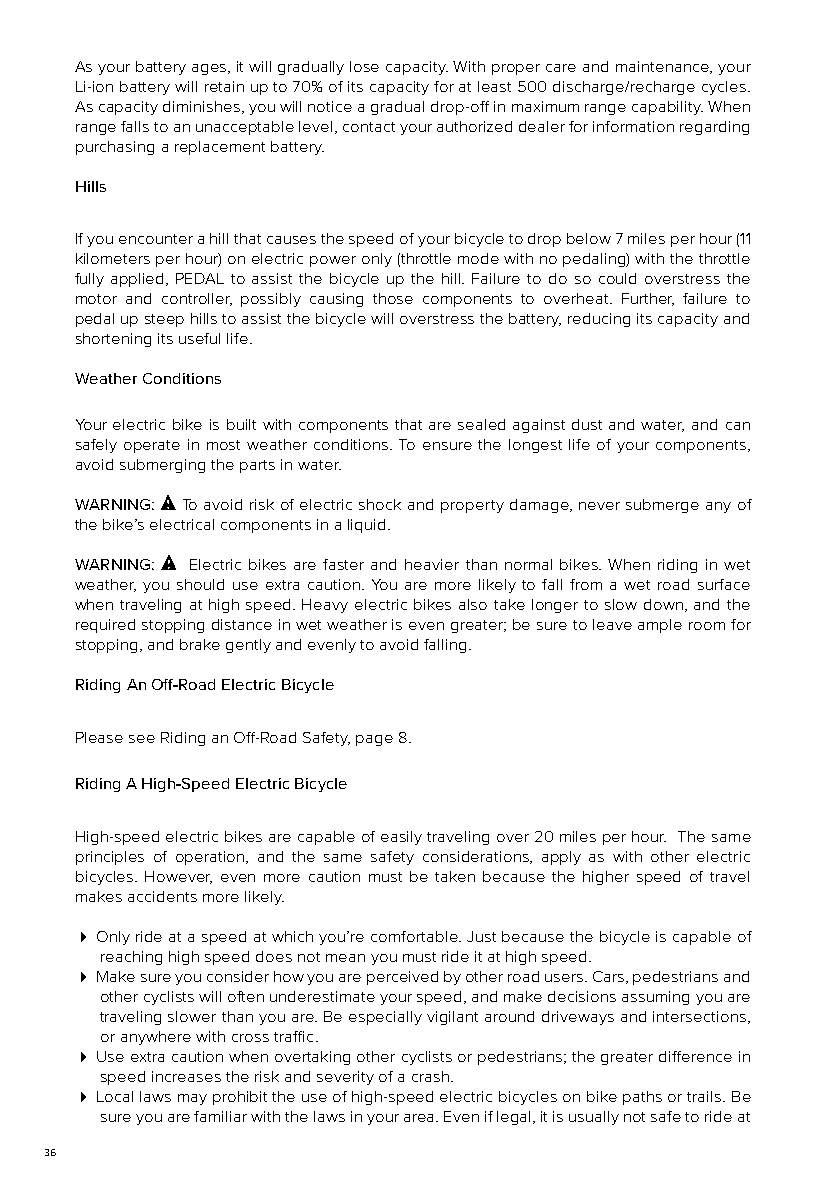
As your battery ages, it will gradually lose capacity. With proper care and maintenance, your
 Li-ion battery will retain up to 70% of its capacity for at least 500 discharge/recharge cycles.
 As capacity diminishes, you will notice a gradual drop-off in maximum range capability. When
 range falls to an unacceptable level, contact your authorized dealer for information regarding
 purchasing a replacement battery.
 Hills
 If you encounter a hill that causes the speed of your bicycle to drop below 7 miles per hour (11
 kilometers per hour) on electric power only (throttle mode with no pedaling) with the throttle
 fully applied, PEDAL to assist the bicycle up the hill. Failure to do so could overstress the
 motor and controller, possibly causing those components to overheat. Further, failure to
 pedal up steep hills to assist the bicycle will overstress the battery, reducing its capacity and
 shortening its useful life.
 Weather Conditions
 Your electric bike is built with components that are sealed against dust and water, and can
 safely operate in most weather conditions. To ensure the longest life of your components,
 avoid submerging the parts in water.
 WARNING: To avoid risk of electric shock and property damage, never submerge any of
 the bike’s electrical components in a liquid.
 WARNING: Electric bikes are faster and heavier than normal bikes. When riding in wet
 weather, you should use extra caution. You are more likely to fall from a wet road surface
 when traveling at high speed. Heavy electric bikes also take longer to slow down, and the
 required stopping distance in wet weather is even greater; be sure to leave ample room for
 stopping, and brake gently and evenly to avoid falling.
 Riding An Off-Road Electric Bicycle
 Please see Riding an Off-Road Safety, page 8.
 Riding A High-Speed Electric Bicycle
 High-speed electric bikes are capable of easily traveling over 20 miles per hour. The same
 principles of operation, and the same safety considerations, apply as with other electric
 bicycles. However, even more caution must be taken because the higher speed of travel
 makes accidents more likely.
  Only ride at a speed at which you’re comfortable. Just because the bicycle is capable of
 reaching high speed does not mean you must ride it at high speed.
  Make sure you consider how you are perceived by other road users. Cars, pedestrians and
 other cyclists will often underestimate your speed, and make decisions assuming you are
 traveling slower than you are. Be especially vigilant around driveways and intersections,
 or anywhere with cross traffic.
  Use extra caution when overtaking other cyclists or pedestrians; the greater difference in
 speed increases the risk and severity of a crash.
  Local laws may prohibit the use of high-speed electric bicycles on bike paths or trails. Be
 sure you are familiar with the laws in your area. Even if legal, it is usually not safe to ride at
 36